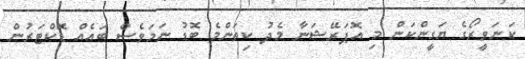
ކަނަވީރޯގެ ޔަގީންކަން މި އޮޕަރޭޝަނާ މެދު ކިތަންމެ ބޮޑު ނަމަވެސް ބައެއް ޑޮކްޓަރުން